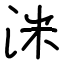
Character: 洣